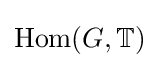
\mathrm {Hom} (G,\mathbb {T} )